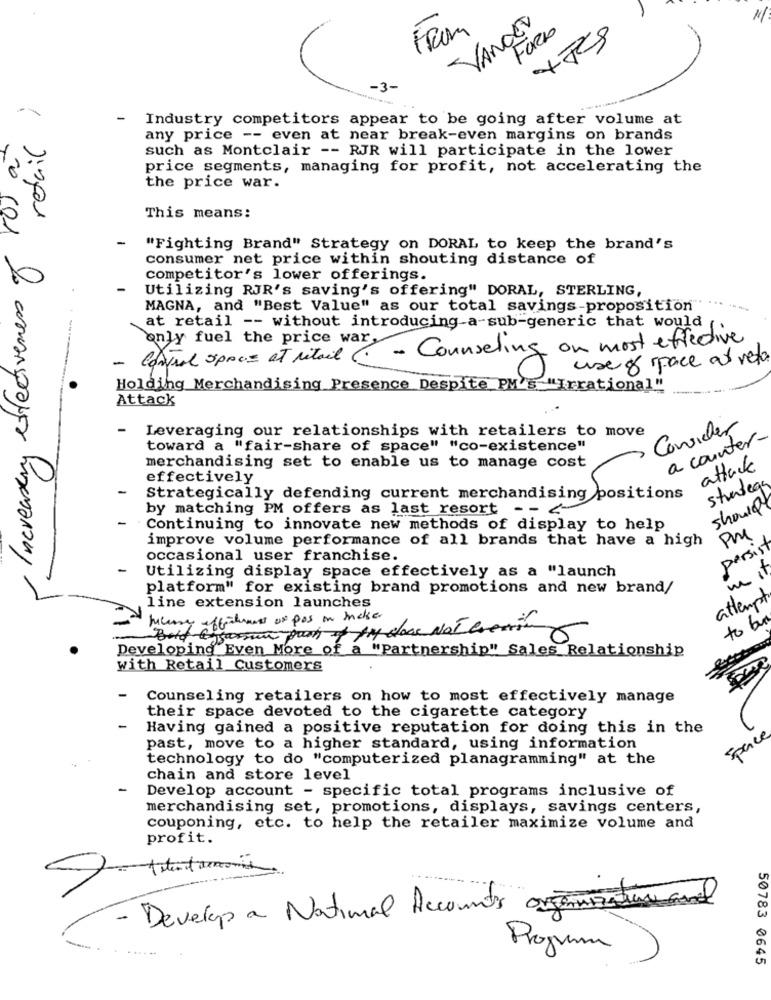
VANDER
-3-
retail )
-
Industry competitors appear to be going after volume at
any price -- even at near break-even margins on brands
such as Montclair -- RJR will participate in the lower
price segments, managing for profit, not accelerating the
the price war.
This means:
Increasery effectiveness of
-
"Fighting Brand" Strategy on DORAL to keep the brand's
consumer net price within shouting distance of
competitor's lower offerings.
Utilizing RJR's saving's offering" DORAL, STERLING,
MAGNA, and "Best Value" as our total savings-proposition
at retail -- without introducing-a-sub-generic that would
only fuel the price war
Control space at retail - Counseling on most effective
use of space at veto
-
Holding Merchandising Presence Despite PM's "Irrational"
Attack
- Leveraging our relationships with retailers to move
Consider
a counter-
toward a "fair-share of space" "co-existence"
merchandising set to enable us to manage cost
attack
effectively
Strategy
Strategically defending current merchandising positions
by matching PM offers as last resort - - <-
should
Continuing to innovate new methods of display to help
PM
improve volume performance of all brands that have a high
persist
occasional user franchise.
Utilizing display space effectively as a "launch
platform" for existing brand promotions and new brand/
attempt
line extension launches
license effectuant ur pas in make.
to big
0
Developing Even More of a "Partnership" Sales Relationship
with Retail Customers
Counseling retailers on how to most effectively manage
their space devoted to the cigarette category
-
Having gained a positive reputation for doing this in the
Space
past, move to a higher standard, using information
technology to do "computerized planagramming" at the
chain and store level
Develop account - specific total programs inclusive of
merchandising set, promotions, displays, savings centers,
couponing, etc. to help the retailer maximize volume and
profit.
- Develop a National Accounts organizauna
Program
50783 0645